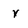
Character: v